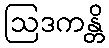
ဩဒကန္တိ